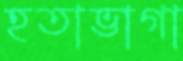
হতাভাগা